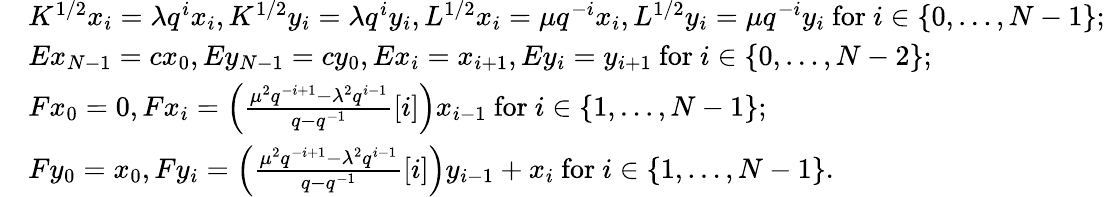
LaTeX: \begin{array}{rl}&{K^{1/2}x_{i}=\lambda q^{i}x_{i},K^{1/2}y_{i}=\lambda q^{i}y_{i},L^{1/2}x_{i}=\mu q^{-i}x_{i},L^{1/2}y_{i}=\mu q^{-i}y_{i}\mathrm{~for~}i\in\{ 0,\ldots,N-1\} ;}\\ &{Ex_{N-1}=cx_{0},Ey_{N-1}=cy_{0},Ex_{i}=x_{i+1},Ey_{i}=y_{i+1}\mathrm{~for~}i\in\{ 0,\ldots,N-2\} ;}\\ &{Fx_{0}=0,Fx_{i}=\left(\frac{\mu^{2}q^{-i+1}-\lambda^{2}q^{i-1}}{q-q^{-1}}[i]\right)x_{i-1}\mathrm{~for~}i\in\{ 1,\ldots,N-1\} ;}\\ &{Fy_{0}=x_{0},Fy_{i}=\left(\frac{\mu^{2}q^{-i+1}-\lambda^{2}q^{i-1}}{q-q^{-1}}[i]\right)y_{i-1}+x_{i}\mathrm{~for~}i\in\{ 1,\ldots,N-1\} .}\end{array}